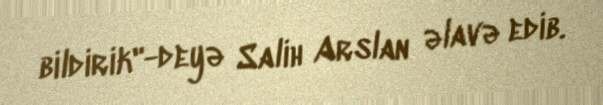
bildirik"-deyə Salih Arslan əlavə edib.